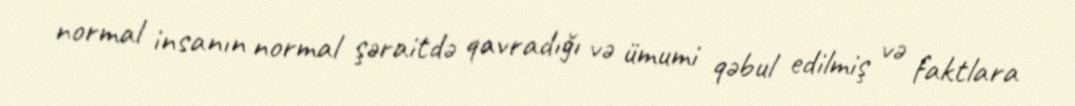
normal insanın normal şəraitdə qavradığı və ümumi qəbul edilmiş və faktlara